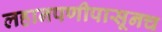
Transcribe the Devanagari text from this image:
लहानपणीपासूनच